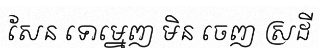
សែន ទោម្នេញ មិន ចេញ ស្រដី